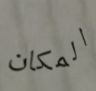
المكان